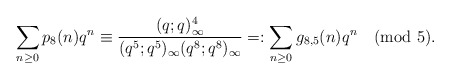
\begin{align*}\sum_{n\ge 0}p_8(n)q^n\equiv\frac{(q;q)_\infty^4}{(q^5;q^5)_\infty(q^8;q^8)_\infty}=:\sum_{n\ge 0}g_{8,5}(n)q^n \pmod{5}.\end{align*}